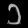
Digit: ၁